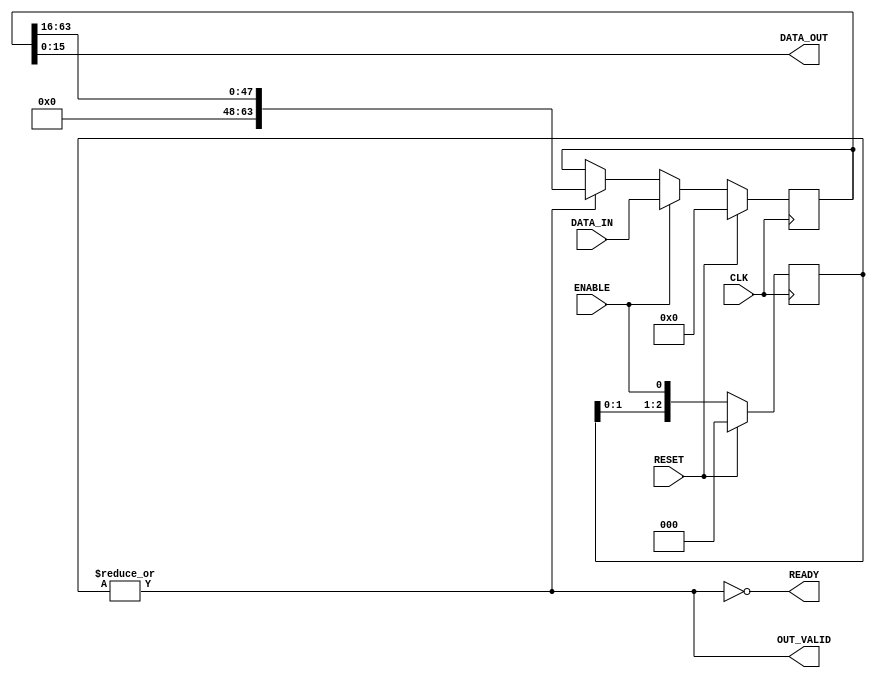
`timescale 1ns/1ps
module piso_norm 
#( // INPUT PARAMETERS
    parameter integer DATA_IN_WIDTH  = 64,
    parameter integer DATA_OUT_WIDTH = 16
)( // PORTS
    input  wire                         CLK,
    input  wire                         RESET,
    input  wire                         ENABLE,
    input  wire [DATA_IN_WIDTH -1 : 0]  DATA_IN,
    output wire                         READY,
    output wire [DATA_OUT_WIDTH -1 : 0] DATA_OUT,
    output wire                         OUT_VALID
);

// ******************************************************************
// LOCALPARAMS
// ******************************************************************
    localparam integer NUM_SHIFTS = DATA_IN_WIDTH / DATA_OUT_WIDTH - 1;
// ******************************************************************

// ******************************************************************
// WIRES and REGS
// ******************************************************************
  reg [NUM_SHIFTS -1    : 0]  shift_count;
  reg [DATA_IN_WIDTH -1 : 0]  serial;
// ******************************************************************

  assign OUT_VALID = |shift_count;
  assign READY = !(OUT_VALID);

  assign DATA_OUT = serial [DATA_OUT_WIDTH-1:0];

  always @(posedge CLK)
  begin: SHIFTER_COUNT
    if (RESET)
      shift_count <= 0;
    else
      shift_count <= {shift_count[NUM_SHIFTS-2:0], ENABLE};
  end

always @(posedge CLK)
begin: DATA_SHIFT
    if (RESET)
        serial <= 0;
    else begin
        if (ENABLE)
            serial <= DATA_IN;
        else if (OUT_VALID)
            serial <= {{DATA_OUT_WIDTH{1'b0}}, serial[DATA_IN_WIDTH-1:DATA_OUT_WIDTH]};
    end
end

endmodule